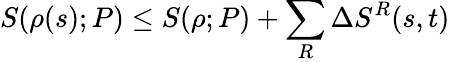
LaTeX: S(\rho(s);P)\le S(\rho;P)+\sum_{R}\Delta S^{R}(s,t)